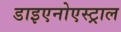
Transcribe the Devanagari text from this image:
डाइएनोएस्ट्राल